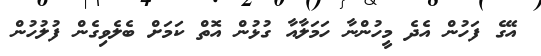
އޭގެ ފަހުން އެދެ މީހުންނާ ހަމަލާއާ ގުޅުން އޮތް ކަމަށް ބެލެވިގެން ފުލުހުން